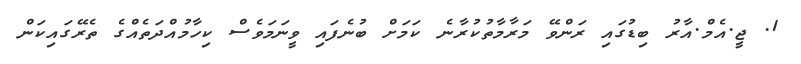
1. ޖީ.އެމް.އާރު ބިޑުގައި ރަންވޭ މަރާމާތުކުރާނެ ކަމަށް ބުނެފައި ވީނަމަވެސް ކިހާމުއްދަތެއްގެ ތެރޭގައިކަން